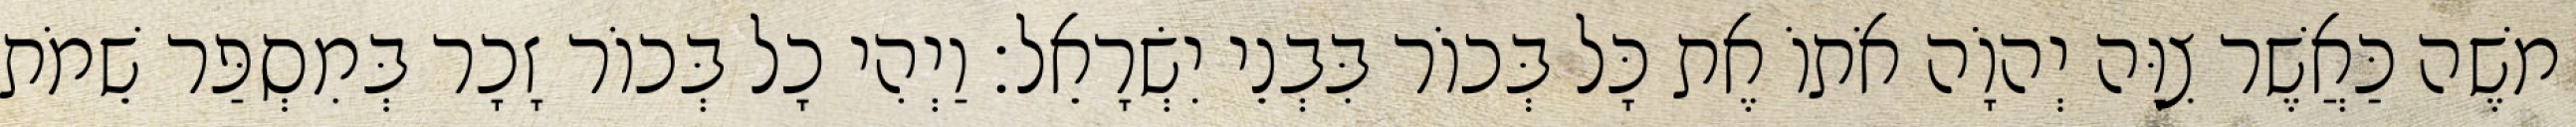
משֶׁה כַּאֲשֶׁר צִוָּה יְהוָֹה אֹתוֹ אֶת כָּל בְּכוֹר בִּבְנֵי יִשְׂרָאֵל׃ וַיְהִי כָל בְּכוֹר זָכָר בְּמִסְפַּר שֵׁמֹת